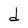
Character: d